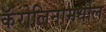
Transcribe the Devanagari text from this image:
कॅरोलिनामधील